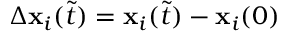
\Delta \mathbf { x } _ { i } ( \tilde { t } ) = \mathbf { x } _ { i } ( \tilde { t } ) - \mathbf { x } _ { i } ( 0 )